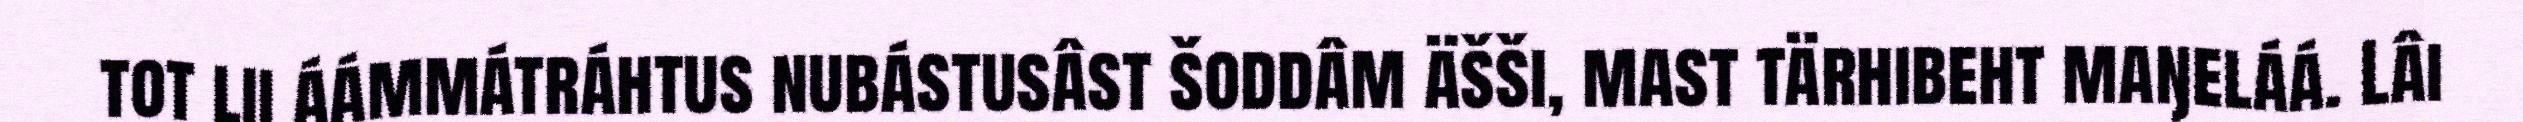
tot lii áámmátráhtus nubástusâst šoddâm äšši, mast tärhibeht maŋeláá. Lâi